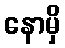
နောမှိ